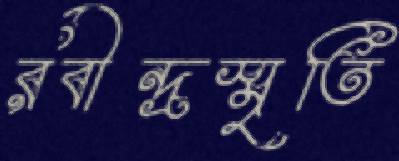
রবীন্দ্রস্মৃতি